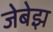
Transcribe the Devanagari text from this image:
जेबेझ